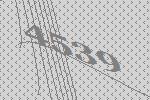
4539